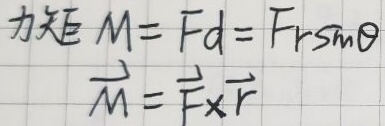
\[
\begin{align*}
\text{力矩} M&=Fd = Fr\sin\theta\\
\vec{M}&=\vec{F}\times\vec{r}
\end{align*}
\]